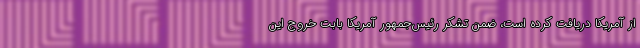
از آمریکا دریافت کرده است، ضمن تشکر رئیس‌جمهور آمریکا بابت خروج این